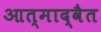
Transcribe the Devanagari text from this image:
आत्माद्वैत